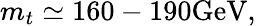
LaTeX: m_{t}\simeq 160-190\mathrm{GeV},